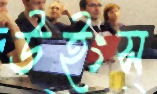
উইংস